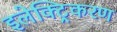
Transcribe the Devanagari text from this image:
इलेक्ट्रिकरण